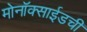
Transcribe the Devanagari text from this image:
मोनॉक्साईडची